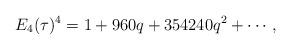
LaTeX: \begin{align*}E_4(\tau)^4=1+960q+354240q^2+\cdots,\end{align*}